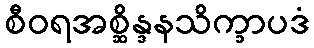
စီဝရအစ္ဆိန္ဒနသိက္ခာပဒံ